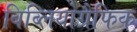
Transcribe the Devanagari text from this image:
बिब्लियोग्रैफिक